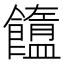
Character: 𩟟